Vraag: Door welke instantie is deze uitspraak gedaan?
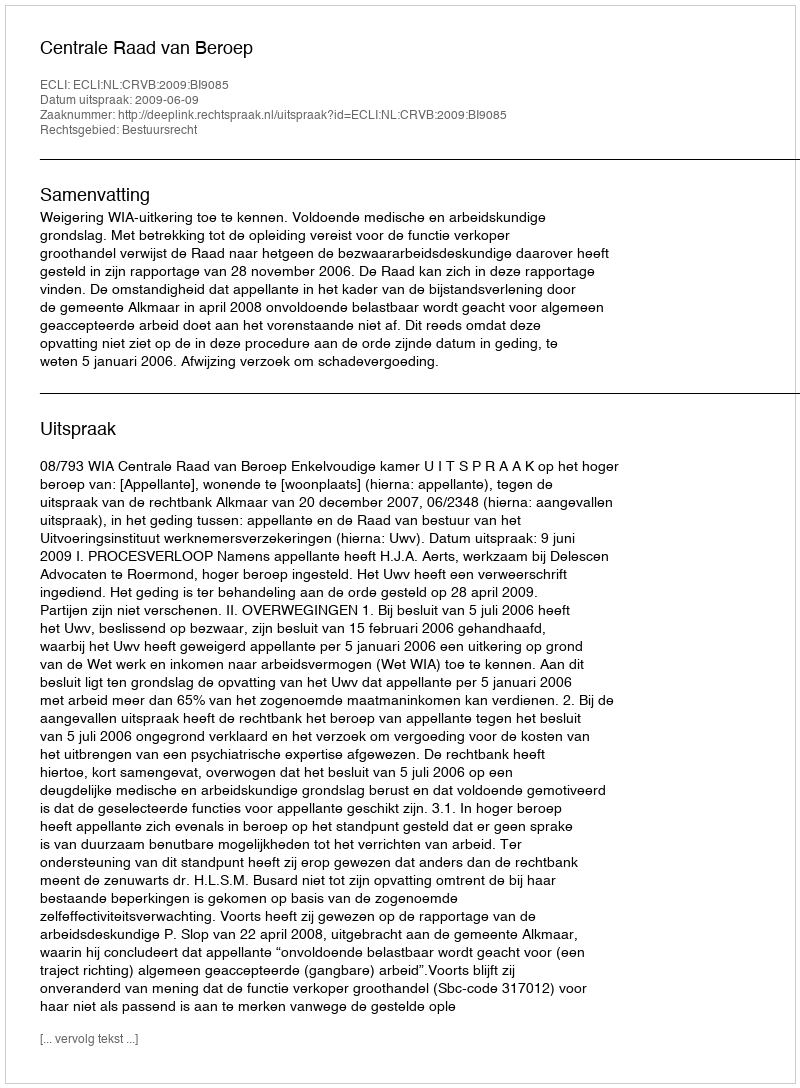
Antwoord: Centrale Raad van Beroep